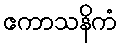
ဧကာသနိကံ